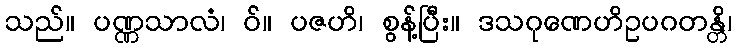
သည်။ ပဏ္ဏသာလံ၊ ဝ်။ ပဇဟိ၊ စွန့်ပြီး။ ဒသဂုဏေဟိဥပဂတန္တိ၊